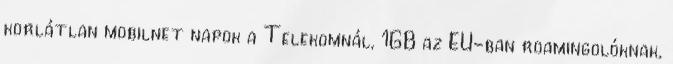
korlátlan mobilnet napok a Telekomnál, 1GB az EU-ban roamingolóknak,